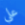
على